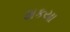
શકયા